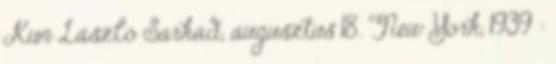
Kun László Sarkad, augusztus 18. New York, 1939 :